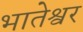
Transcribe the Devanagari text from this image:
भातेश्वर